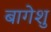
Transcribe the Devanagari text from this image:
बागेशु